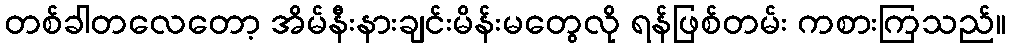
တစ်ခါတလေတော့ အိမ်နီးနားချင်းမိန်းမတွေလို ရန်ဖြစ်တမ်း ကစားကြသည်။